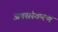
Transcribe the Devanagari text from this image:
अपसंस्करण